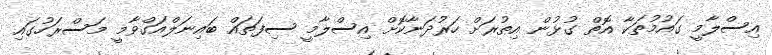
އިސްލާމީ ގައުމުތަކާ އޮތް ގުޅުން އިތުރަށް ހަރުދަނާކޮށް އިސްލާމީ ސިފަތައް ބައިނަލްއަގްވާމީ މަސްރަހުގައި